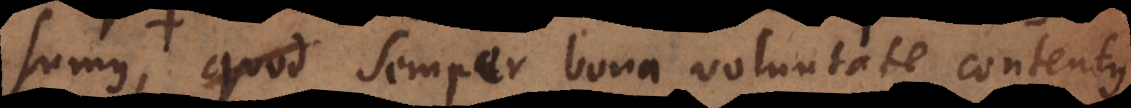
vero semper bona voluntate contentus